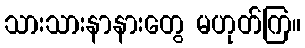
သားသားနာနားတွေ မဟုတ်ကြ။